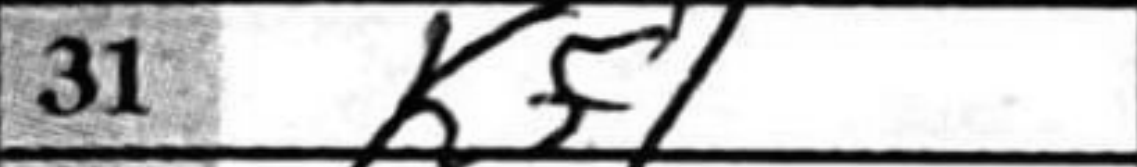
Transcription: Kf1